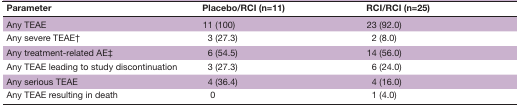
| Parameter | Placebo/RCI (n=11) | RCI/RCI (n=25) |
 | --- | --- | --- |
 | Any TEAE | 11 (100) | 23 (92.0) |
 | Any severe TEAE† | 3 (27.3) | 2 (8.0) |
 | Any treatment-related AE‡ | 6 (54.5) | 14 (56.0) |
 | Any TEAE leading to study discontinuation | 3 (27.3) | 6 (24.0) |
 | Any serious TEAE | 4 (36.4) | 4 (16.0) |
 | Any TEAE resulting in death | 0 | 1 (4.0) |